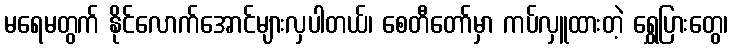
မရေမတွက် နိုင်လောက်အောင်များလှပါတယ်၊ စေတီတော်မှာ ကပ်လှူထားတဲ့ ရွှေပြားတွေ၊